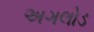
અગલોડ